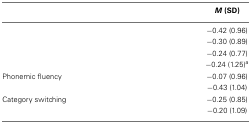
<table><thead><tr><td>[EMPTY_CELL]</td><td><b><i>M</i> (SD)</b></td></tr></thead><tbody><tr><td>[EMPTY_CELL]</td><td>−0.42 (0.96)</td></tr><tr><td>[EMPTY_CELL]</td><td>−0.30 (0.89)</td></tr><tr><td>[EMPTY_CELL]</td><td>−0.24 (0.77)</td></tr><tr><td>[EMPTY_CELL]</td><td>−0.24 (1.25)<sup>a</sup></td></tr><tr><td>Phonemic fluency</td><td>−0.07 (0.96)</td></tr><tr><td>[EMPTY_CELL]</td><td>−0.43 (1.04)</td></tr><tr><td>Category switching</td><td>−0.25 (0.85)</td></tr><tr><td>[EMPTY_CELL]</td><td>−0.20 (1.09)</td></tr></tbody></table>